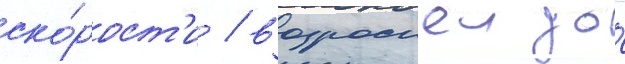
ско́рост'и / возросшеи до́